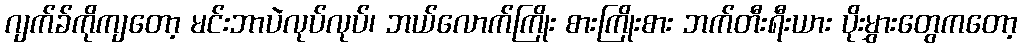
ဂျက်ခ်ကိုကျတော့ မင်းဘာပဲလုပ်လုပ်၊ ဘယ်လောက်ကြိုး စားကြိုးစား ဘက်တီးရီးယား ပိုးမွှားတွေကတော့